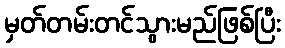
မှတ်တမ်းတင်သွားမည်ဖြစ်ပြီး